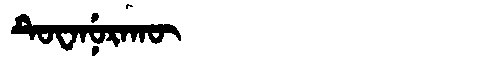
Manchu: ᡨᡠᠸᠠᠨᡠᡵᠠᡴᡡ
Romanization: TUWANURAKŪ